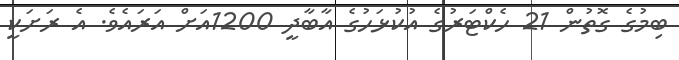
ބިމުގެ ގޮތުން 21 ހެކްޓަރުގެ އުކުޅަހުގެ އާބާދީ 1200އަށް އަރައެވެ. އެ ރަށަކީ